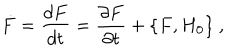
\dot { F } = \frac { d F } { d t } = \frac { \partial F } { \partial t } + \{ F , H _ { 0 } \} \ ,